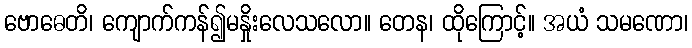
ဗောဓေတိ၊ ကျောက်ကန်၍မနှိုးလေသလော။ တေန၊ ထိုကြောင့်။ အယံ သမဏော၊